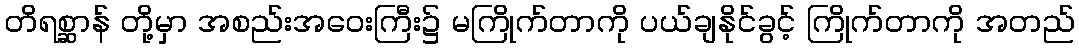
တိရစ္ဆာန် တို့မှာ အစည်းအဝေးကြီး၌ မကြိုက်တာကို ပယ်ချနိုင်ခွင့် ကြိုက်တာကို အတည်